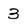
Character: 3